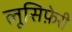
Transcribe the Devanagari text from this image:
लूसिफ़ेरी